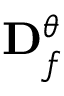
\mathbf { D } _ { \boldsymbol { f } } ^ { \boldsymbol { \theta } }